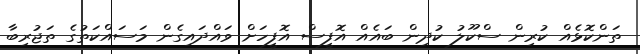
ތަންކޮޅެއް ކުރިން ސްކޫލު ކުދިން ބައެއް އޮފީސް އޮފީހަށް ވައްދައިގެން މަސައްކަތުގެ ތަޖުރިބާ